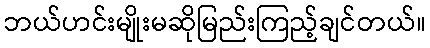
ဘယ်ဟင်းမျိုးမဆိုမြည်းကြည့်ချင်တယ်။